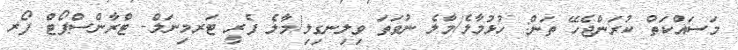
މަސައްކަތް ކުރަންޖެހޭ ތަން: ހުޅުމާލެ/މާލެ ނުވަތަ ވިލިނގިލި/މާލެ ފެރީ ޓަރމިނަލް- ޓްރާންސްޕޯޓް ފޯރ